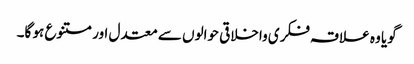
گویا وہ علاقہ فکری واخلاقی حوالوں سے معتدل اور متنوع ہو گا۔